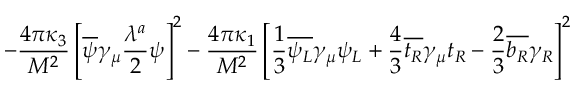
- { \frac { 4 \pi \kappa _ { 3 } } { M ^ { 2 } } } \left[ \overline { { { \psi } } } \gamma _ { \mu } { \frac { \lambda ^ { a } } { 2 } } \psi \right] ^ { 2 } - { \frac { 4 \pi \kappa _ { 1 } } { M ^ { 2 } } } \left[ { \frac { 1 } { 3 } } \overline { { { \psi _ { L } } } } \gamma _ { \mu } \psi _ { L } + { \frac { 4 } { 3 } } \overline { { { t _ { R } } } } \gamma _ { \mu } t _ { R } - { \frac { 2 } { 3 } } \overline { { { b _ { R } } } } \gamma _ { R } \right] ^ { 2 }